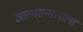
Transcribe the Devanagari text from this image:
आत्मसन्मानाला